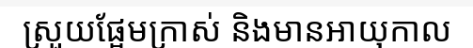
ស្រួយផ្អែមក្រាស់ និងមានអាយុកាល